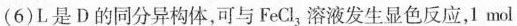
(6)L是D的同分异构体，可与FeCl3溶液发生显色反应，1mol